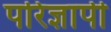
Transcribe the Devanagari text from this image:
परिज्ञापी